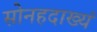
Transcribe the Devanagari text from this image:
सोनहदाख्यं